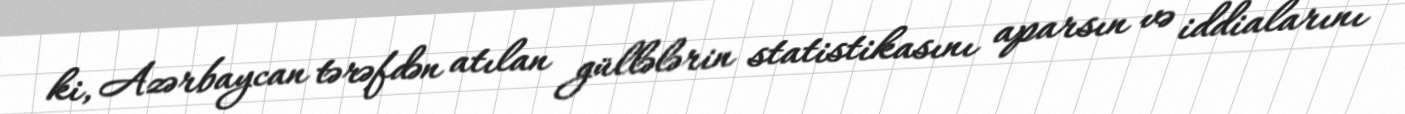
ki, Azərbaycan tərəfdən atılan güllələrin statistikasını aparsın və iddialarını